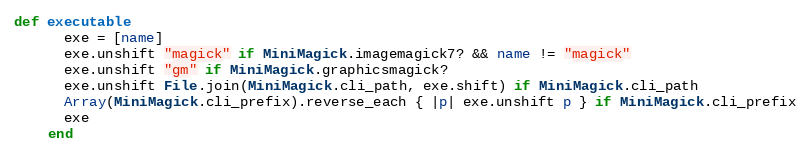
Language: Ruby
def executable
      exe = [name]
      exe.unshift "magick" if MiniMagick.imagemagick7? && name != "magick"
      exe.unshift "gm" if MiniMagick.graphicsmagick?
      exe.unshift File.join(MiniMagick.cli_path, exe.shift) if MiniMagick.cli_path
      Array(MiniMagick.cli_prefix).reverse_each { |p| exe.unshift p } if MiniMagick.cli_prefix
      exe
    end